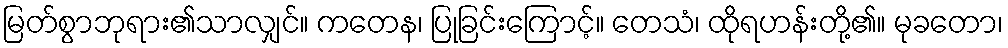
မြတ်စွာဘုရား၏သာလျှင်။ ကတေန၊ ပြုခြင်းကြောင့်။ တေသံ၊ ထိုရဟန်းတို့၏။ မုခတော၊